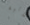
ثلاثية